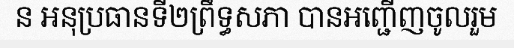
ន អនុប្រធានទី២ព្រឹទ្ធសភា បានអញ្ជើញចូលរួម